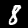
Digit: 8